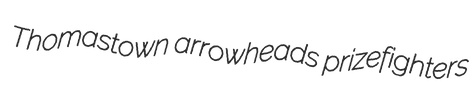
Thomastown arrowheads prizefighters